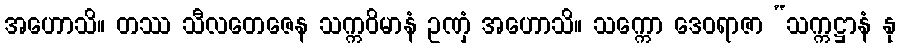
အဟောသိ။ တဿ သီလတေဇေန သက္ကဝိမာနံ ဥဏှံ အဟောသိ။ သက္ကော ဒေဝရာဇာ “သက္ကဋ္ဌာနံ နု